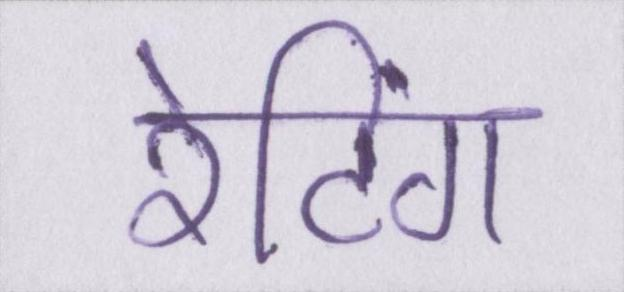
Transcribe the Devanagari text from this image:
रेटिंग